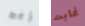
إنه غابت